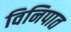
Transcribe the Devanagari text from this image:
विनिपात